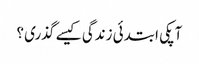
آپکی ابتدئی زندگی کیسے گذری ؟